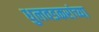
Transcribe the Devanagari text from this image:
धुलवडकरांच्या